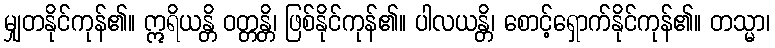
မျှတနိုင်ကုန်၏။ ဣရိယန္တိ ဝတ္တန္တိ၊ ဖြစ်နိုင်ကုန်၏။ ပါလယန္တိ၊ စောင့်ရှောက်နိုင်ကုန်၏။ တသ္မာ၊